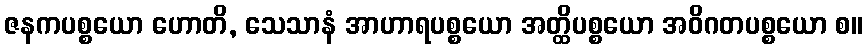
ဇနကပစ္စယော ဟောတိ, သေသာနံ အာဟာရပစ္စယော အတ္ထိပစ္စယော အဝိဂတပစ္စယော စ။